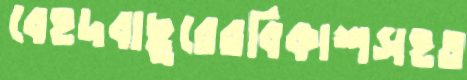
বেহদবাছুরেরবিকাশসহত